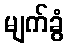
မျက်ခွံ